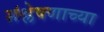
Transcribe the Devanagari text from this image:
संश्लेषणाच्या